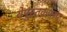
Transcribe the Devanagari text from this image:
येपुस्तकालय